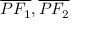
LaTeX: { \overline { { P F _ { 1 } } } } , { \overline { { P F _ { 2 } } } }